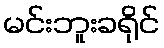
မင်းဘူးခရိုင်